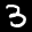
Label: 3